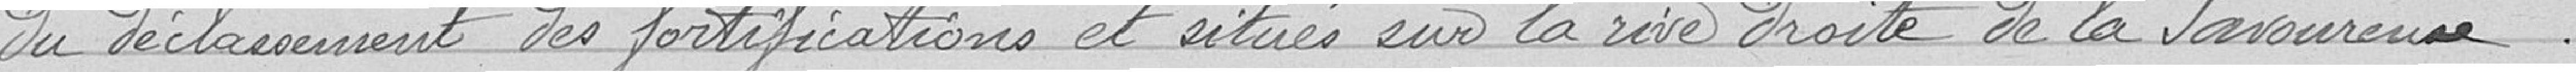
du déclassement des fortification et situés sur la rive droite de la Savoureuse.